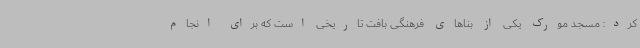
کرد: مسجد مورک یکی از بناهای فرهنگی بافت تاریخی است که برای انجام